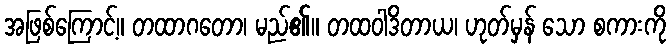
အဖြစ်ကြောင့်။ တထာဂတော၊ မည်၏။ တထဝါဒိတာယ၊ ဟုတ်မှန် သော စကားကို